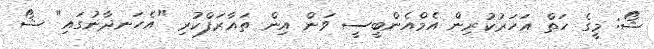
ޝޯ: މީގެ ހަތް އަހަރުކުރިން އެމްއެންބީސީ ވަން އިން ތައާރަފްކުރި "އެހަނދާނުގައި" ޝޯ